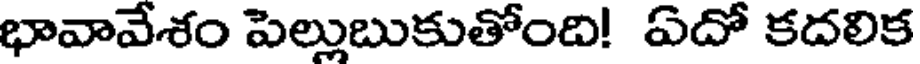
భావావేశం పెల్లుబుకుతోంది! ఏదో కదలిక